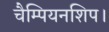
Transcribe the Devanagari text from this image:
चैम्पियनशिप।